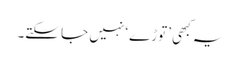
یہ کبھی ’توڑے‘ نہیں جا سکتے۔